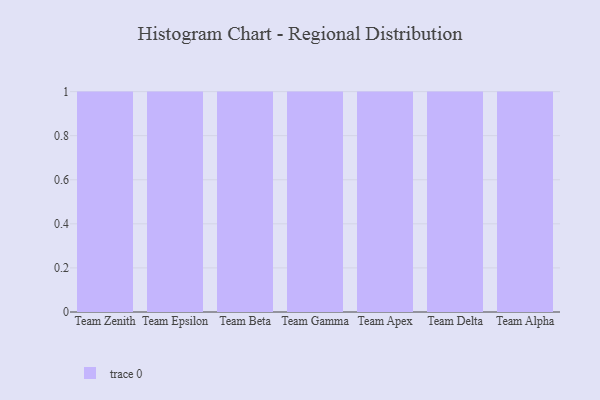
{"axis": {"x": "Team", "y": "Temperature (°C)"}, "legend": [""], "data": [{"x": "Team Zenith", "y": 90, "type": ""}, {"x": "Team Epsilon", "y": 93, "type": ""}, {"x": "Team Beta", "y": 37, "type": ""}, {"x": "Team Gamma", "y": 27, "type": ""}, {"x": "Team Apex", "y": 65, "type": ""}, {"x": "Team Delta", "y": 42, "type": ""}, {"x": "Team Alpha", "y": 94, "type": ""}]}